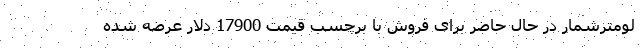
لومترشمار در حال حاضر برای فروش با برچسب قیمت 17900 دلار عرضه شده